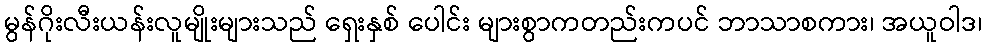
မွန်ဂိုးလီးယန်းလူမျိုးများသည် ရှေးနှစ် ပေါင်း များစွာကတည်းကပင် ဘာသာစကား၊ အယူဝါဒ၊